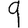
Digit: 9